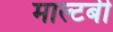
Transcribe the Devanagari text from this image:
माल्टबी